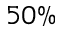
5 0 \%